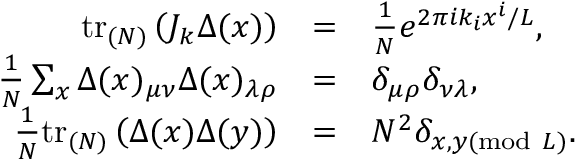
\begin{array} { r c l } { { \mathrm { t r } _ { ( N ) } \left( J _ { k } \Delta ( x ) \right) } } & { { = } } & { { \frac { 1 } { N } e ^ { 2 \pi i k _ { i } x ^ { i } / L } , } } \\ { { \frac { 1 } { N } \sum _ { x } \Delta ( x ) _ { \mu \nu } \Delta ( x ) _ { \lambda \rho } } } & { { = } } & { { \delta _ { \mu \rho } \delta _ { \nu \lambda } , } } \\ { { \frac { 1 } { N } \mathrm { t r } _ { ( N ) } \left( \Delta ( x ) \Delta ( y ) \right) } } & { { = } } & { { N ^ { 2 } \delta _ { x , y ( \mathrm { m o d } \ L ) } . } } \end{array}